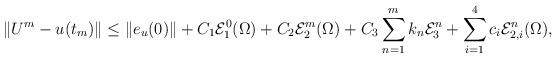
LaTeX: \begin{align*}\|U^m-u(t_m)\| \leq \|e_{u}(0)\| + C_1 {\mathcal E}_1^0(\Omega) + C_2 {\mathcal E}_2^m(\Omega) + C_{3}\sum_{n=1}^{m} k_n {\mathcal E}_3^n+\sum_{i=1}^4 c_i {\mathcal E}^n_{2,i}(\Omega),\end{align*}